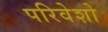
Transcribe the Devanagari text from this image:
परिवेशो